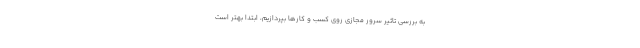
به بررسی تاثیر سرور مجازی روی کسب و کارها بپردازیم، ابتدا بهتر است